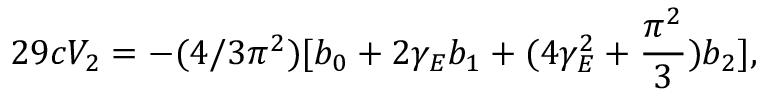
2 9 c V _ { 2 } = - ( 4 / 3 \pi ^ { 2 } ) [ b _ { 0 } + 2 \gamma _ { E } b _ { 1 } + ( 4 \gamma _ { E } ^ { 2 } + \frac { \pi ^ { 2 } } { 3 } ) b _ { 2 } ] ,